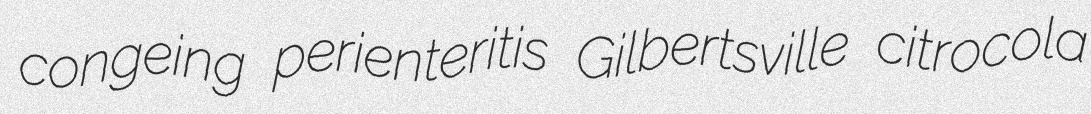
congeing perienteritis Gilbertsville citrocola